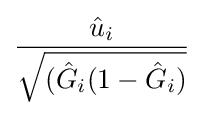
{\frac {{\hat {u}}_{i}}{\sqrt {({\hat {G}}_{i}(1-{\hat {G}}_{i})}}}